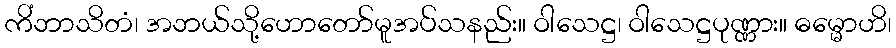
ကိံဘာသိတံ၊ အဘယ်သို့ဟောတော်မူအပ်သနည်း။ ဝါသေဋ္ဌ၊ ဝါသေဋ္ဌပုဏ္ဏား။ ဓမ္မောဟိ၊